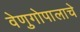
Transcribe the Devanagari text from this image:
वेणुगोपालाचे